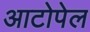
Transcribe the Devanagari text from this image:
आटोपेल